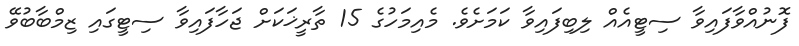
ފޮނުއްވާފައިވާ ސިޓީއެއް ލިބިފައިވާ ކަމަށެވެ. މެއިމަހުގެ 15 ތާރީޚަކަށް ޖަހާފައިވާ ސިޓީގައި ޒިމްބާބުވޭ